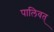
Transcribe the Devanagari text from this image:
पालिवत्‌